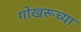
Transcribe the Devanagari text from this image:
गोखरूच्या